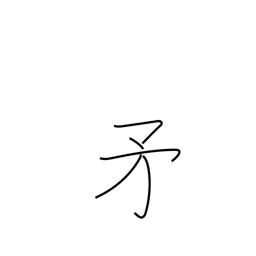
Meaning: halberd